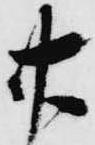
廿